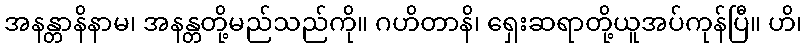
အနန္တာနိနာမ၊ အနန္တတို့မည်သည်ကို။ ဂဟိတာနိ၊ ရှေးဆရာတို့ယူအပ်ကုန်ပြီ။ ဟိ၊